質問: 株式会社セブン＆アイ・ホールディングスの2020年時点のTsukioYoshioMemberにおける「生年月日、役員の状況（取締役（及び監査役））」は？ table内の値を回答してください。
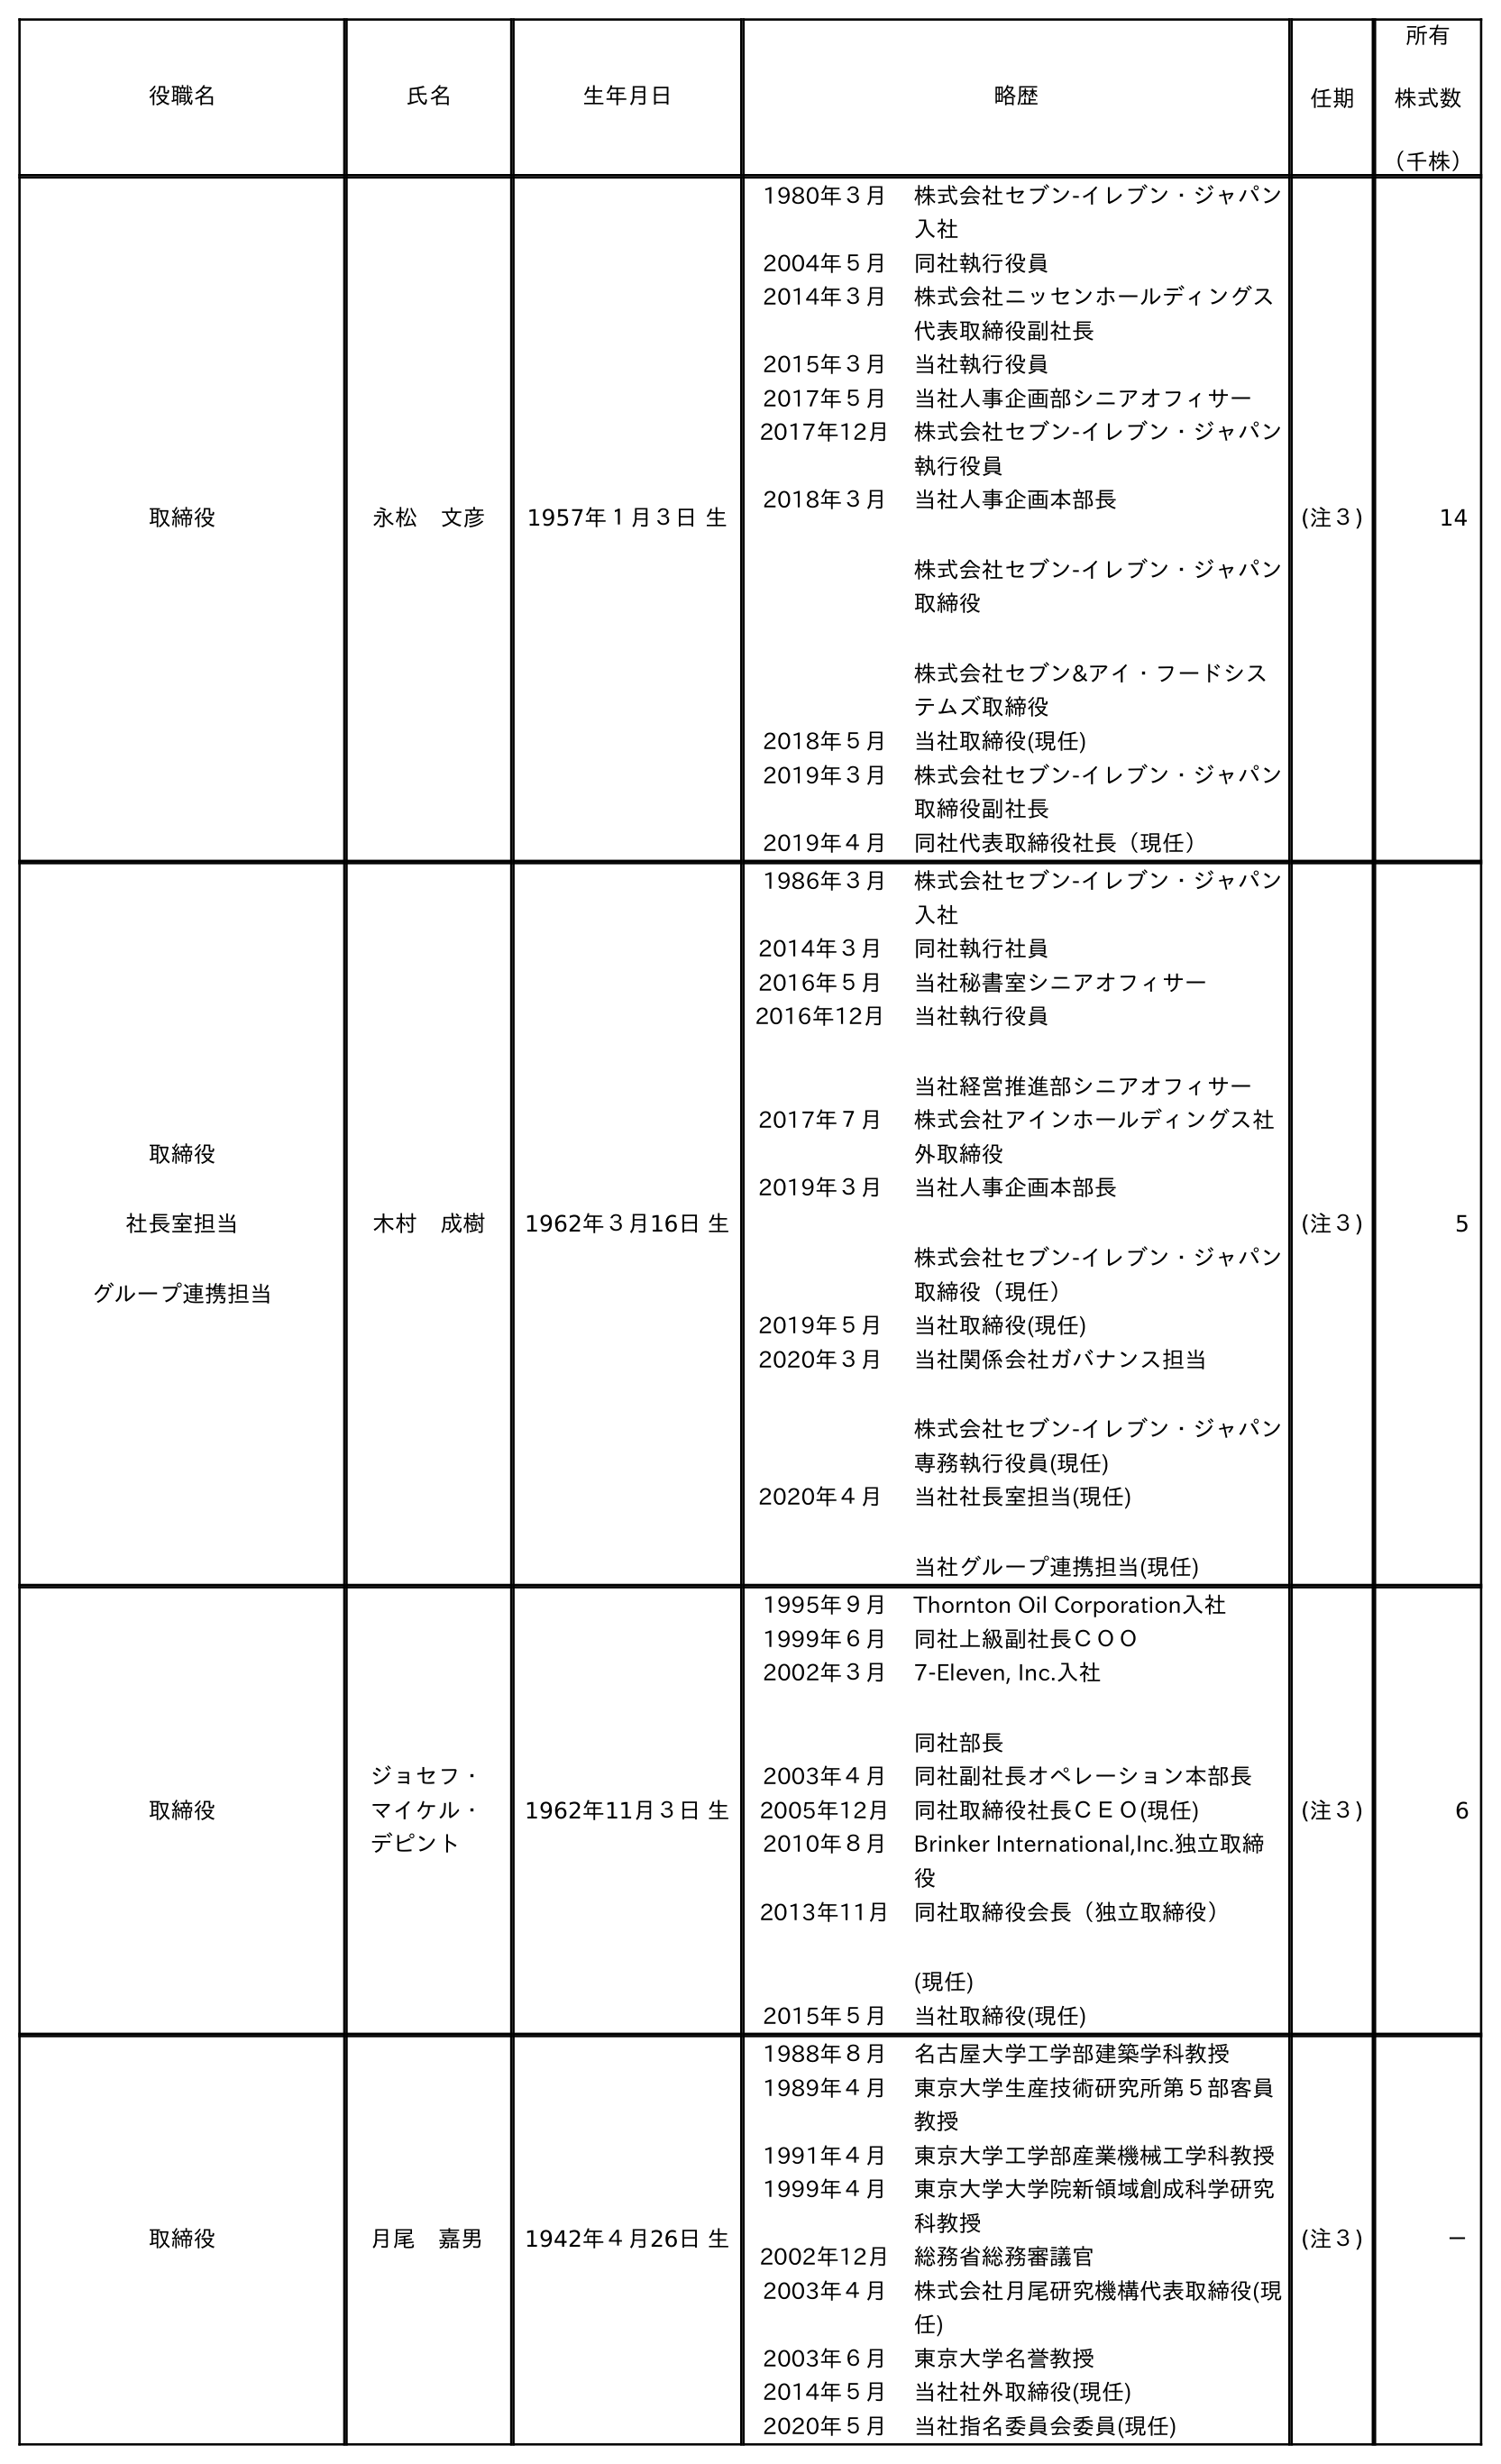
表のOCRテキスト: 役職名 氏名 生年月日 略歴 任期 所有 株式数 （千株） 取締役 永松 文彦 1957年１月３日 生 1980年３月 株式会社セブン-イレブン・ジャパン 入社 2004年５月 同社執行役員 2014年３月 株式会社ニッセンホールディングス 代表取締役副社長 2015年３月 当社執行役員 2017年５月 当社人事企画部シニアオフィサー 2017年12月 株式会社セブン-イレブン・ジャパン 執行役員 2018年３月 当社人事企画本部長 株式会社セブン-イレブン・ジャパン 取締役 株式会社セブン&アイ・フードシス テムズ取締役 2018年５月 当社取締役(現任) 2019年３月 株式会社セブン-イレブン・ジャパン 取締役副社長 2019年４月 同社代表取締役社長（現任） (注３) 14 取締役 社長室担当 グループ連携担当 木村 成樹 1962年３月16日 生 1986年３月 株式会社セブン-イレブン・ジャパン 入社 2014年３月 同社執行社員 2016年５月 当社秘書室シニアオフィサー 2016年12月 当社執行役員 当社経営推進部シニアオフィサー 2017年７月 株式会社アインホールディングス社 外取締役 2019年３月 当社人事企画本部長 株式会社セブン-イレブン・ジャパン 取締役（現任） 2019年５月 当社取締役(現任) 2020年３月 当社関係会社ガバナンス担当 株式会社セブン-イレブン・ジャパン 専務執行役員(現任) 2020年４月 当社社長室担当(現任) 当社グループ連携担当(現任) (注３) 5 取締役 ジョセフ・ マイケル・ デピント 1962年11月３日 生 1995年９月 Thornton Oil Corporation入社 1999年６月 同社上級副社長ＣＯＯ 2002年３月 7-Eleven, Inc.入社 同社部長 2003年４月 同社副社長オペレーション本部長 2005年12月 同社取締役社長ＣＥＯ(現任) 2010年８月 Brinker International,Inc.独立取締 役 2013年11月 同社取締役会長（独立取締役） (現任) 2015年５月 当社取締役(現任) (注３) 6 取締役 月尾 嘉男 1942年４月26日 生 1988年８月 名古屋大学工学部建築学科教授 1989年４月 東京大学生産技術研究所第５部客員 教授 1991年４月 東京大学工学部産業機械工学科教授 1999年４月 東京大学大学院新領域創成科学研究 科教授 2002年12月 総務省総務審議官 2003年４月 株式会社月尾研究機構代表取締役(現 任) 2003年６月 東京大学名誉教授 2014年５月 当社社外取締役(現任) 2020年５月 当社指名委員会委員(現任) (注３) －
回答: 1942年４月26日生